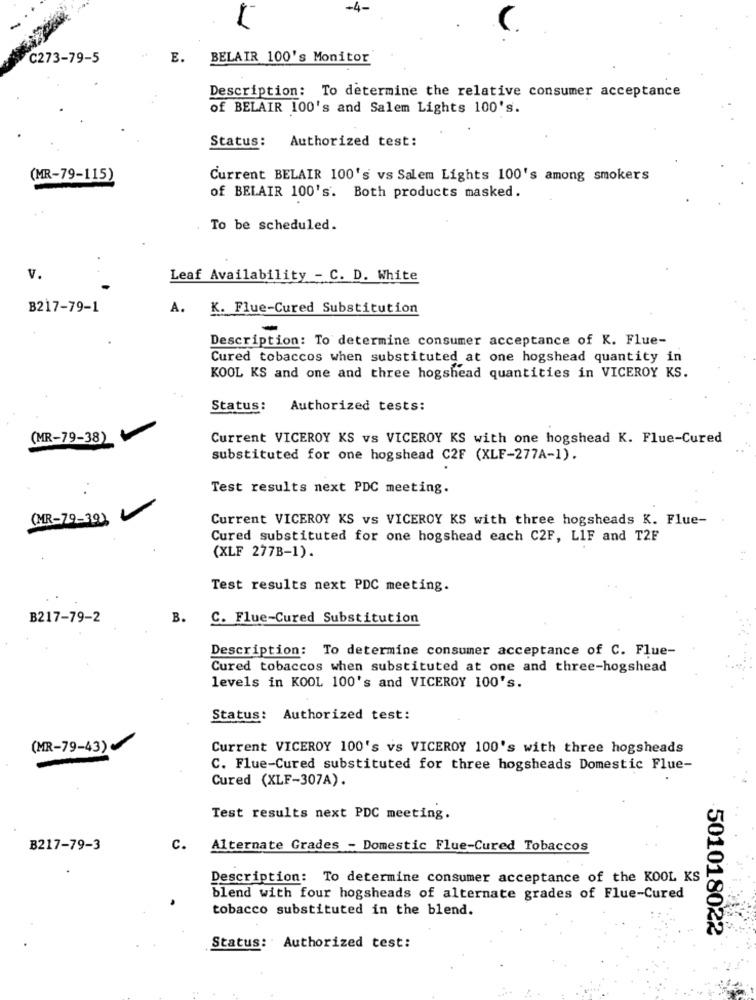
-4-
1
C273-79-5
E.
BELAIR 100's Monitor
Description: To determine the relative consumer acceptance
of BELAIR 100's and Salem Lights 100's.
Status: Authorized test:
(MR-79-115)
Current BELAIR 100's vs Salem Lights 100's among smokers
of BELAIR 100's. Both products masked.
. .
To be scheduled.
v.
Leaf Availability - C. D. White
B217-79-1
A.
K. Flue-Cured Substitution
-
Description: To determine consumer acceptance of K. Flue-
Cured tobaccos when substituted at one hogshead quantity in
KOOL KS and one and three hogshead quantities in VICEROY KS.
Status:
Authorized tests:
(MR-79-38)
Current VICEROY KS vs VICEROY KS with one hogshead K. Flue-Cured
substituted for one hogshead C2F (XLF-277A-1).
Test results next PDC meeting.
(MR-79-39),
Current VICEROY KS vs VICEROY KS with three hogsheads K. Flue-
Cured substituted for one hogshead each C2F, LIF and T2F
(XLF 277B-1).
Test results next PDC meeting.
B217-79-2
B.
C. Flue-Cured Substitution
Description: To determine consumer acceptance of C. Flue-
Cured tobaccos when substituted at one and three-hogshead
levels in KOOL 100's and VICEROY 100's.
Status: Authorized test:
(MR-79-43)
Current VICEROY 100's vs VICEROY 100's with three hogsheads
C. Flue-Cured substituted for three hogsheads Domestic Flue-
Cured (XLF-307A).
Test results next PDC meeting.
B217-79-3
c.
Alternate Grades - Domestic Flue-Cured Tobaccos
Description: To determine consumer acceptance of the KOOL KS
blend with four hogsheads of alternate grades of Flue-Cured
tobacco substituted in the blend.
501018022
Status: Authorized test: